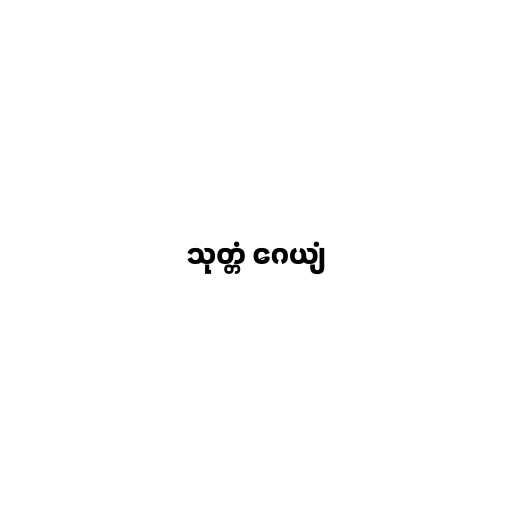
သုတ္တံ ဂေယျံ